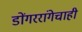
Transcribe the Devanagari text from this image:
डोंगररांगेचाही